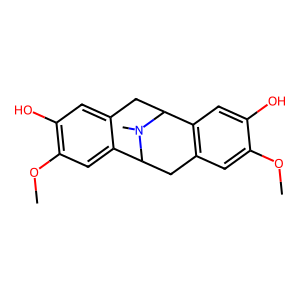
SMILES: COc1cc2c(cc1O)C1Cc3cc(O)c(OC)cc3C(C2)N1C
Inhibits HIV replication: No